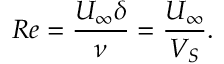
R e = \frac { U _ { \infty } \delta } { \nu } = \frac { U _ { \infty } } { V _ { S } } .